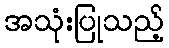
အသုံးပြုသည့်